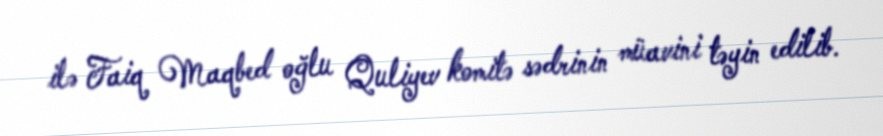
ilə Faiq Maqbed oğlu Quliyev komitə sədrinin müavini təyin edilib.